Indian journal of veterinary science and animal husbandry - Volumes 15-17, 1948-1951
Year: 1948
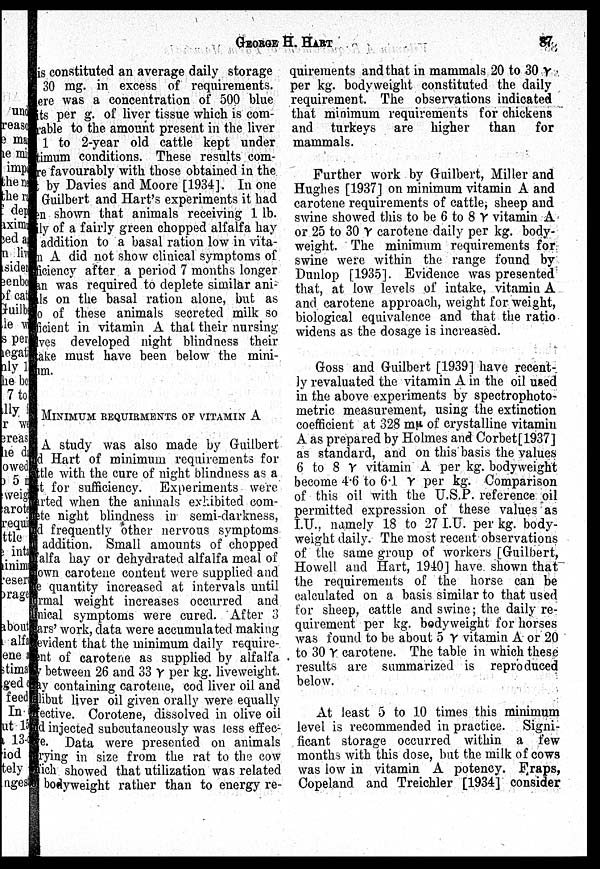
GEORGE H.
HART
87
is constituted an average daily storage
30 mg. in excess of requirements.
There was a concentration of 500 blue
fits per g. of liver tissue which is com-
prable to the amount present in the liver
1 to 2-year old cattle kept under
optimum conditions. These results com-
pare favourably with those obtained in the
t by Davies and Moore [1934]. In one
Guilbert and Hart's experiments it had
been shown that animals receiving 1 lb.
ily of a fairly green chopped alfalfa hay
addition to a basal ration low in vita-
min A did not show clinical symptoms of
deficiency after a period 7 months longer
an was required to deplete similar ani-
mals on the basal ration alone, but as
two of these animals secreted milk so
ficient in vitamin A that their nursing
lves developed night blindness their
take must have been below the mini-
mum.
MINIMUM REQUIRMENTS OF VITAMIN A
A study was also made by Guilbert
and Hart of minimum requirements for
cattle with the cure of night blindness as a
st for sufficiency. Experiments were
rted when the animals exhibited com-
plete night blindness in semi-darkness,
and frequently other nervous symptoms
addition. Small amounts of chopped
alfalfa hay or dehydrated alfalfa meal of
own carotene content were supplied and
e quantity increased at intervals until
normal weight increases occurred and
clinical symptoms were cured. After 3
years' work, data were accumulated making
evident that the minimum daily require-
ment of carotene as supplied by alfalfa
by between 26 and 33 γ per kg. liveweight.
ay containing carotene, cod liver oil and
alibut liver oil given orally were equally
effective. Corotene, dissolved in olive oil
d injected subcutaneously was less effec-
tive. Data were presented on animals
carying in size from the rat to the cow
nich showed that utilization was related
bodyweight rather than to energy re
quirements and that in mammals 20 to 30 γ
per kg. bodyweight constituted the daily
requirement. The observations indicated
that minimum requirements for chickens
and turkeys are higher than
for
mammals.
Further work by Guilbert, Miller and
Hughes [1937] on minimum vitamin A and
carotene requirements of cattle, sheep and
swine showed this to be 6 to 8γV vitamin A
or 25 to 30 γ carotene daily per kg. body-
weight. The minimum requirements for
swine were within the range found by
Dunlop [1935]. Evidence was presented
that, at low levels of intake, vitamin A
and carotene approach, weight for weight,
biological equivalence and that the ratio
widens as the dosage is increased.
Goss and Guilbert [1939] have recent
ly revaluated the vitamin A in the oil used
in the above experiments by spectrophoto
metric measurement, using the extinction
coefficient at 328 mµ of crystalline vitamin
A as prepared by Holmes and Corbet[1937]
as standard, and on this basis the values
6 to 8 γ vitamin A per kg. bodyweight
become 4.6 to 6.1 γ per kg. Comparison
of this oil with the U.S.P. reference oil
permitted expression of these values as
I.U., namely 18 to 27 I.U. per kg. body-
weight daily. The most recent observations
of the same group of workers [Guilbert,
Howell and Hart, 1940] have shown that
the requirements of the horse can be
calculated on a basis similar to that used
for sheep, cattle and swine; the daily re
quirement per kg. bodyweight for horses
was found to be about 5 γ vitamin A or 20
to 30 γ carotene. The table in which these
results are summarized is reproduced
below.
At least 5 to 10 times this minimum
level is recommended in practice. Signi
ficant storage occurred within a few
months with this dose, but the milk of cows
was low in vitamin A potency. Fraps,
Copeland and Treichler [1934] consider